Sanitation, dispensaries and jails vaccination Rajputana 1922-1927 - 1922-1927
Year: 1922
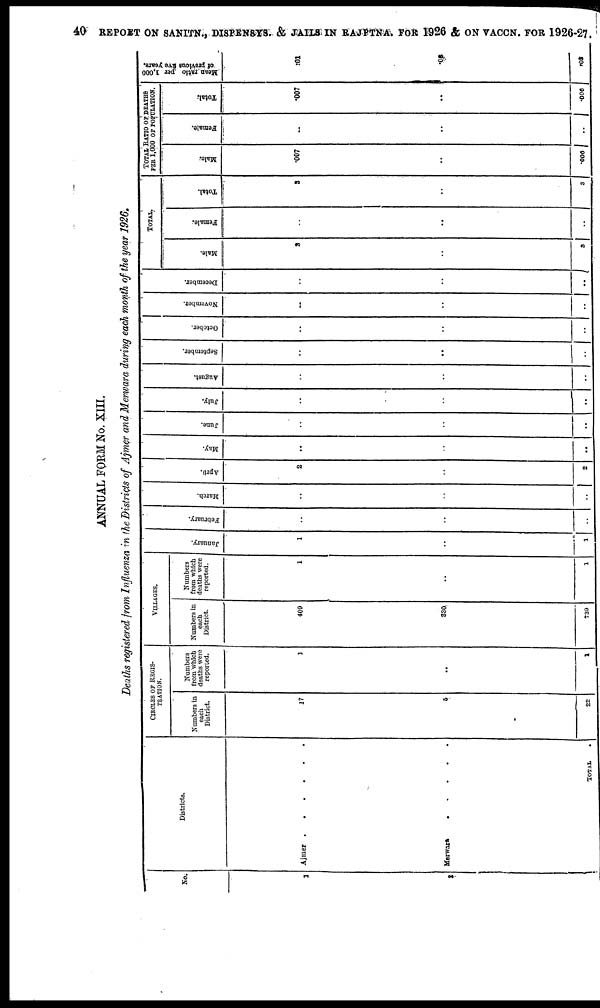
40 REPORT ON SANITN., DISPENSTS. & JAILS IN RAJPTNA FOR 1926 & ON VACCN. FOR 1926-27.
ANNUAL FORM No. XIII.
Deaths registered from Influenza in the Districts of Ajmer and Merwara during each month of the year 1926.
No.
1
2
Districts.
Ajmer . . . . .
Merwara . . . .
TOTAL .
CIRCLES OF REGIS-
TRATION.
Numbers in
each
District.
17
5
22
Numbers
from which
deaths were
reported.
1
..
1
VILLAGES.
Numbers in
each
District.
400
330
739
Numbers
from which
deaths were
reported.
1
..
1
January.
1
..
1
February.
..
..
..
March.
..
..
..
April.
2
..
2
May.
..
..
..
June.
..
..
..
July.
..
..
..
August.
..
..
..
September.
..
..
..
October.
..
..
..
November.
..
..
..
December.
..
..
..
TOTAL.
Male.
3
..
3
Female.
..
..
..
Total.
3
..
3
TOTAL RATIO OF DEATHS
PER 1,000 OF POPULATION.
Male.
.007
..
.006
Female.
..
..
..
Total.
.007
..
.006
Mean ratio per 1,000
of previous five years.
.01
.03
.03